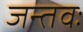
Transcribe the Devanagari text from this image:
जन्तवः